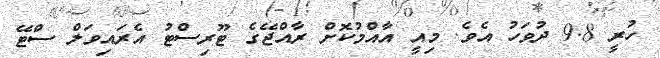
ހުރީ 9.8 ދުވަހު އެވެ. މިއީ އާއްމުކޮށް ރާއްޖޭގެ ޓޫރިސްޓު އެރައިވަލް ސްޓޭ